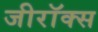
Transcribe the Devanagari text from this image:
जीराॅक्स